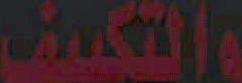
والتكيف